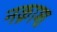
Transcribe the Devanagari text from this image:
नक़ाश